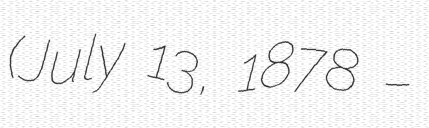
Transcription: (July 13, 1878 –